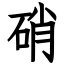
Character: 硝